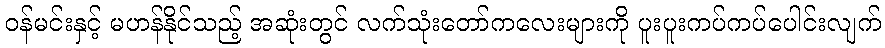
ဝန်မင်းနှင့် မဟန်နိုင်သည့် အဆုံးတွင် လက်သုံးတော်ကလေးများကို ပူးပူးကပ်ကပ်ပေါင်းလျက်